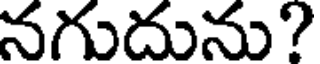
నగుదును?